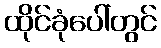
ထိုင်ခုံပေါ်တွင်